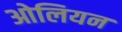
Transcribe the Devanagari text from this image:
ओलियन